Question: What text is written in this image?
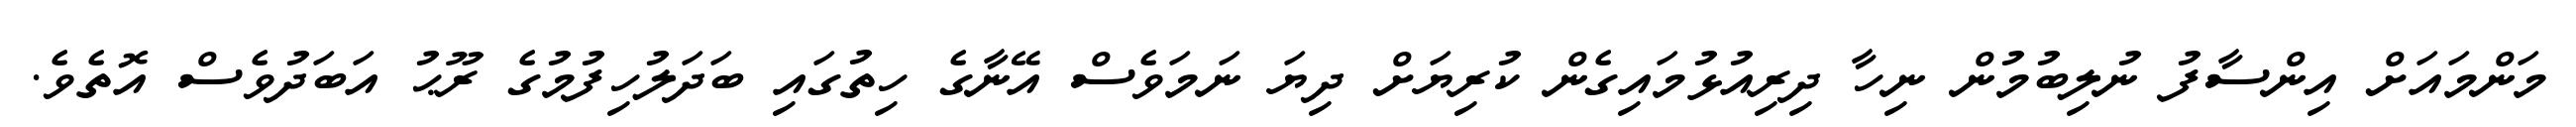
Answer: މަންމައަށް އިންސާފު ނުލިބުމުން ނިހާ ދިރިއުޅުމައިގެން ކުރިޔަށް ދިޔަ ނަމަވެސް އޭނާގެ ހިތުގައި ބަދަލުހިފުމުގެ ރޫޙު އަބަދުވެސް އޮތެވެ.